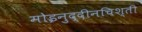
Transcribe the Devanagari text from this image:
मोइनुद्दीनचिश्ती